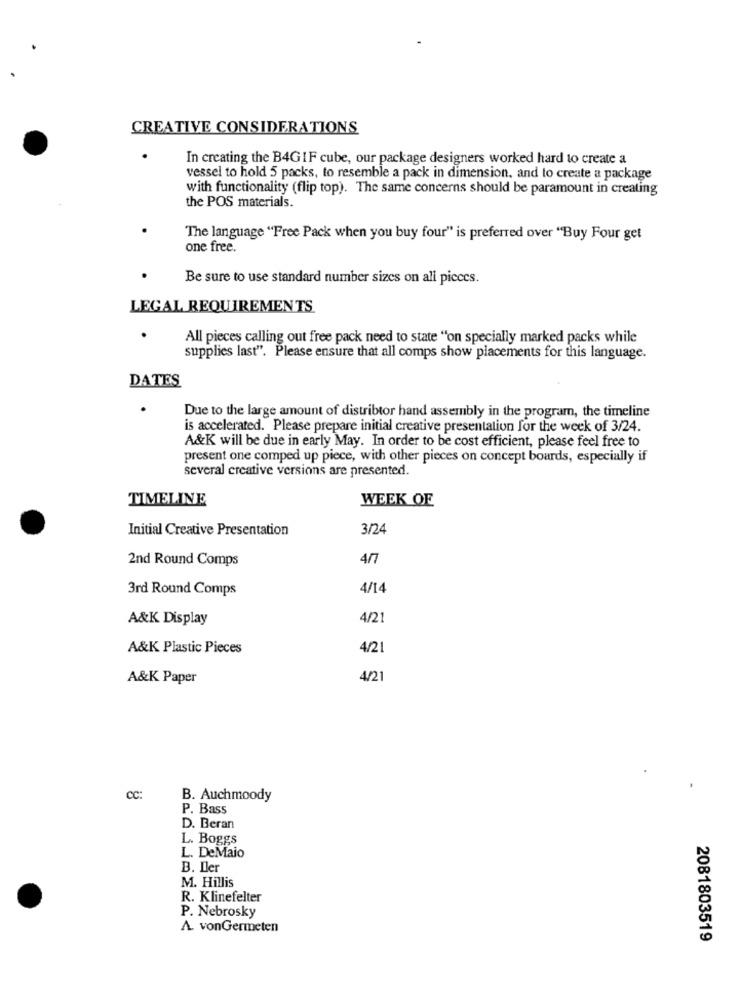
CREATIVE CONSIDERATIONS
In creating the B4GIF cube, our package designers worked hard to create a
vessel to hold 5 packs, to resemble a pack in dimension, and to create a package
with functionality (flip top). The same concerns should be paramount in creating
the POS materials.
The language "Free Pack when you buy four" is preferred over "Buy Four get
one free.
Be sure to use standard number sizes on all pieces.
LEGAL REQUIREMENTS
All pieces calling out free pack need to state "on specially marked packs while
supplies last". Please ensure that all comps show placements for this language.
DATES
Due to the large amount of distribtor hand assembly in the program, the timeline
is accelerated. Please prepare initial creative presentation for the week of 3/24.
A&K will be due in early May. In order to be cost efficient, please feel free to
present one comped up piece, with other pieces on concept boards, especially if
several creative versions are presented.
TIMELINE
WEEK OF
Initial Creative Presentation
3/24
2nd Round Comps
4/7
3rd Round Comps
4/14
A&K Display
4/21
A&K Plastic Pieces
4/21
A&K Paper
4/21
CC:
B. Auchmoody
P. Bass
D. Beran
L. Boggs
L. DeMaio
B. Iler
M. Hillis
R. Klinefelter
P. Nebrosky
A. vonGermeten
2081803519